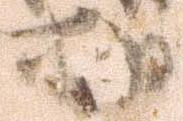
相